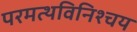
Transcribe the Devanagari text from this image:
परमत्थविनिश्चय